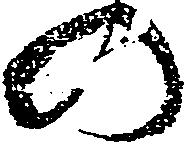
の